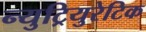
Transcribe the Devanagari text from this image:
न्युट्रियुरेटिक